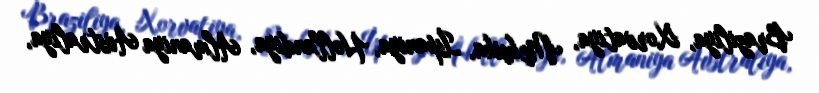
Braziliya, Xorvatiya, Meksika, İspaniya, Hollandiya, Almaniya Avstraliya,